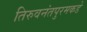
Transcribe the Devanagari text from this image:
तिरुवनंतपुरमकडे